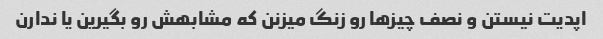
اپدیت نیستن و نصف چیز‌ها رو زنگ میزنن که مشابهش رو بگیرین یا ندارن